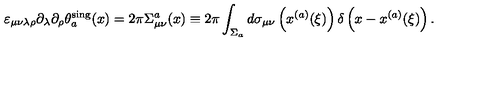
\varepsilon _ { \mu \nu \lambda \rho } \partial _ { \lambda } \partial _ { \rho } \theta _ { a } ^ { \mathrm { s i n g } } ( x ) = 2 \pi \Sigma _ { \mu \nu } ^ { a } ( x ) \equiv 2 \pi \int _ { \Sigma _ { a } } ^ { } d \sigma _ { \mu \nu } \left( x ^ { ( a ) } ( \xi ) \right) \delta \left( x - x ^ { ( a ) } ( \xi ) \right) .